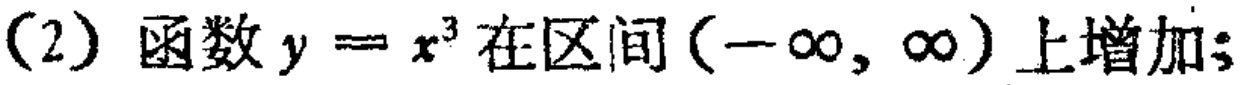
(2) 函数 \(y = x^{3}\) 在区间 \((-\infty, \infty)\) 上增加;